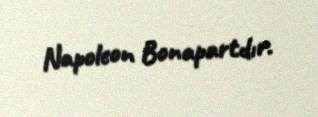
Napoleon Bonapartdır.